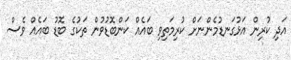
އަދި ކުރިން އަޅުގަނޑުމެންނަށް ކުރިމަތިވި ބައެއް ކަންބޮޑުވުން ތަކުގެ ބޮޑު ބައެއް ވެސް